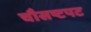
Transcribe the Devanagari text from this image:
चौसष्टपट